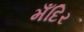
મઁદિર